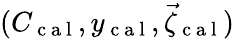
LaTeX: (C_{\mathrm{~c~a~l~}},y_{\mathrm{~c~a~l~}},\vec{\zeta}_{\mathrm{~c~a~l~}})